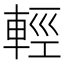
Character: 輕